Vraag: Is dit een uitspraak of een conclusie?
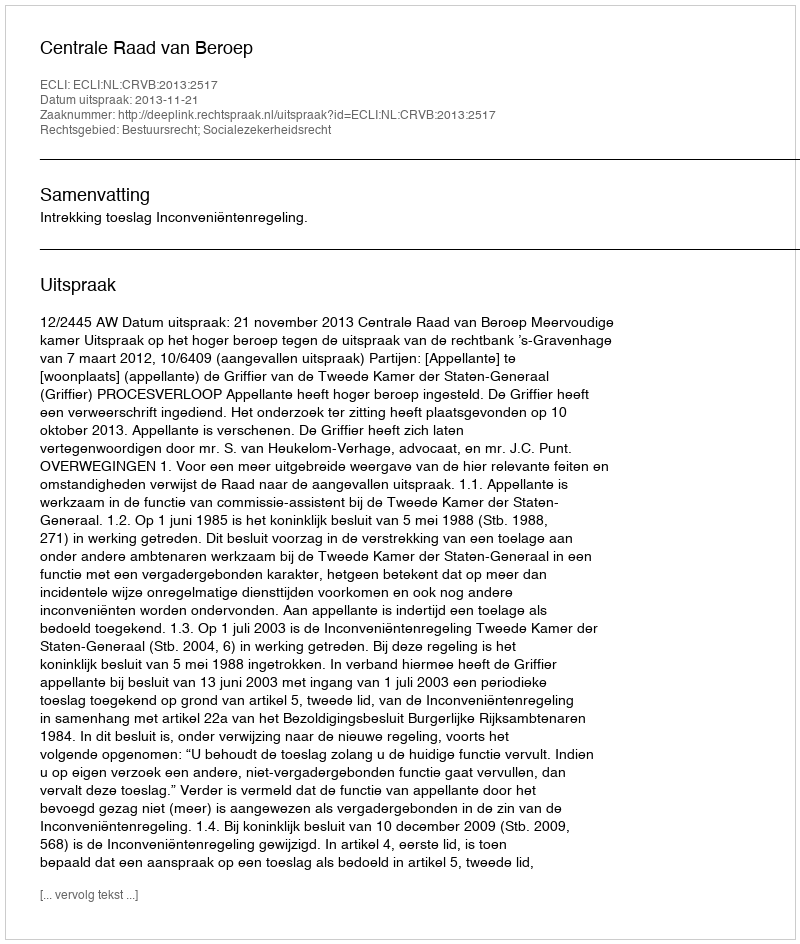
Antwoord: Uitspraak